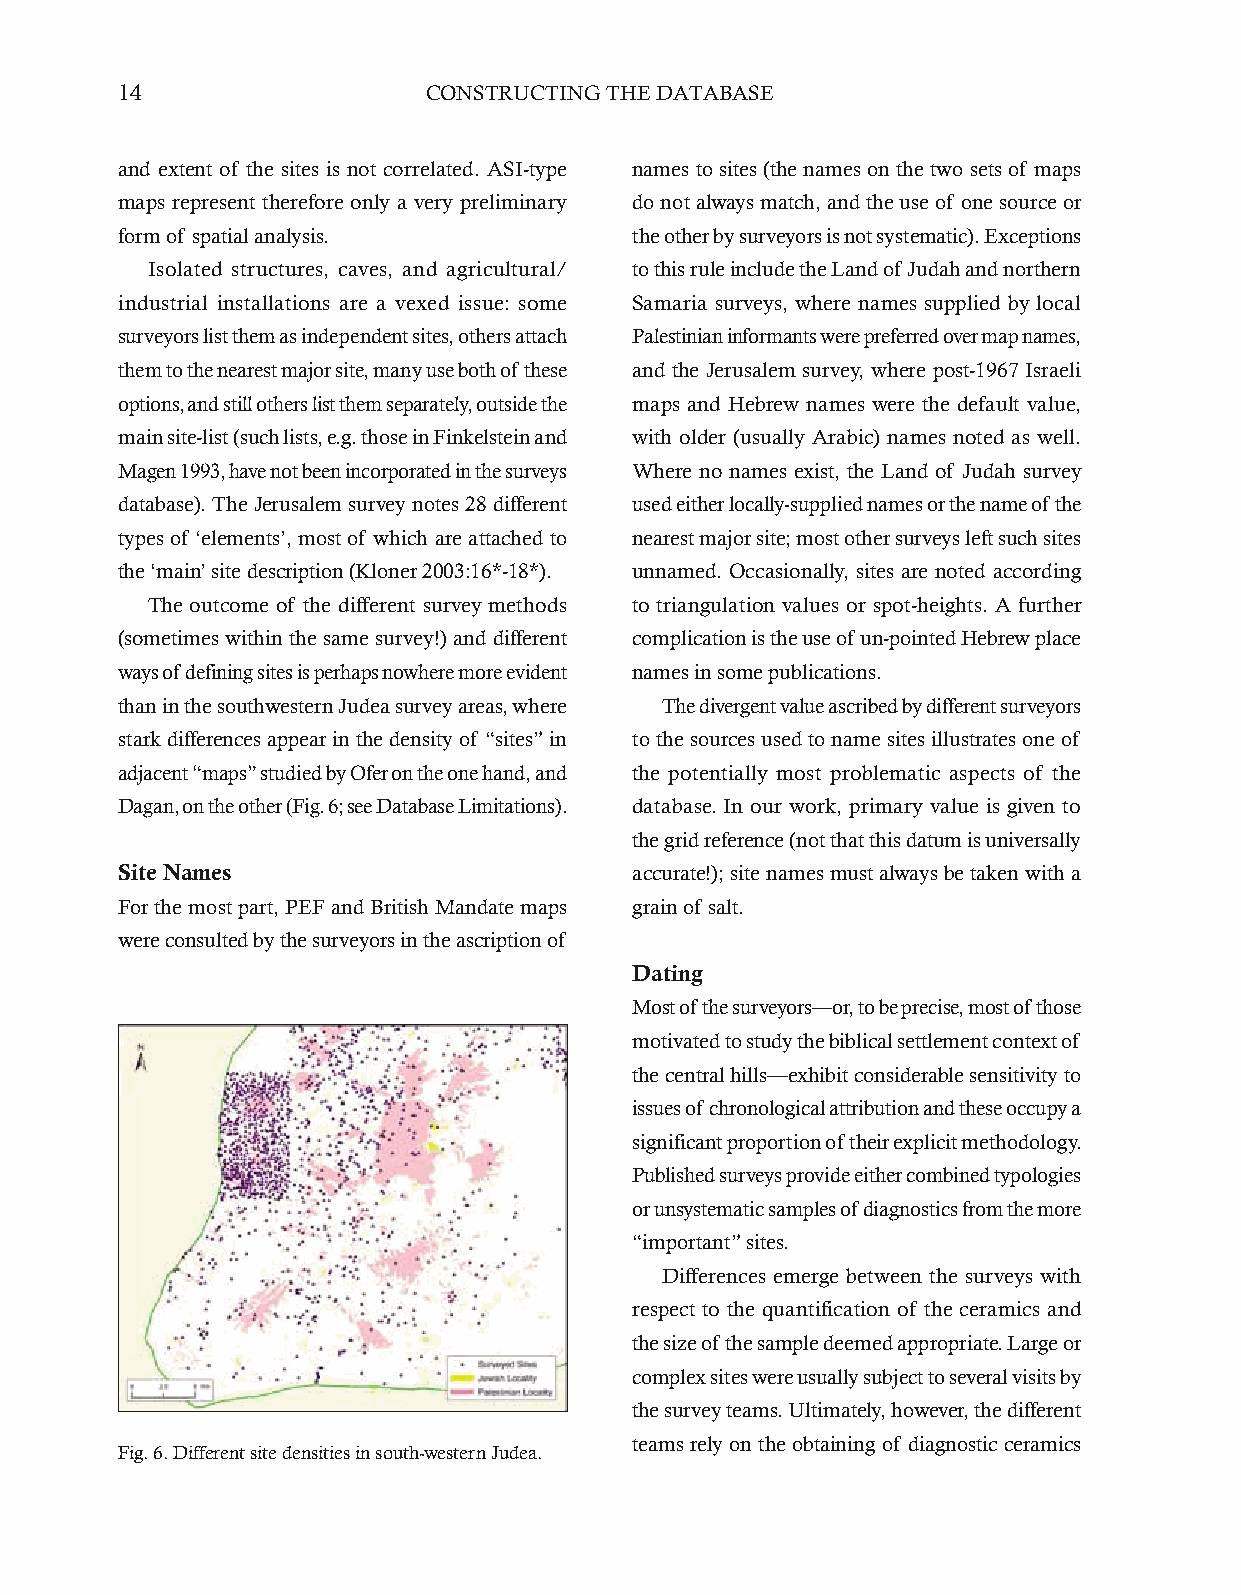
14                  CONSTRUCTING THE DATABASE
 and extent of the sites is not correlated. ASI-type names to sites (the names on the two sets of maps
 maps represent therefore only a very preliminary do not always match, and the use of one source or
 form of spatial analysis.         the other by surveyors is not systematic). Exceptions
 Isolated structures, caves, and agricultural/ to this rule include the Land of Judah and northern
 industrial installations are a vexed issue: some Samaria surveys, where names supplied by local
 surveyors list them as independent sites, others attach Palestinian informants were preferred over map names,
 them to the nearest major site, many use both of these and the Jerusalem survey, where post-1967 Israeli
 options, and still others list them separately, outside the maps and Hebrew names were the default value,
 main site-list (such lists, e.g. those in Finkelstein and with older (usually Arabic) names noted as well.
 Magen 1993, have not been incorporated in the surveys Where no names exist, the Land of Judah survey
 database). The Jerusalem survey notes 28 different used either locally-supplied names or the name of the
 types of ‘elements’, most of which are attached to nearest major site; most other surveys left such sites
 the ‘main’ site description (Kloner 2003:16*-18*). unnamed. Occasionally, sites are noted according
 The outcome of the different survey methods to triangulation values or spot-heights. A further
 (sometimes within the same survey!) and different complication is the use of un-pointed Hebrew place
 ways of defining sites is perhaps nowhere more evident names in some publications.
 than in the southwestern Judea survey areas, where The divergent value ascribed by different surveyors
 stark differences appear in the density of “sites” in to the sources used to name sites illustrates one of
 adjacent “maps” studied by Ofer on the one hand, and the potentially most problematic aspects of the
 Dagan, on the other (Fig. 6; see Database Limitations). database. In our work, primary value is given to
 the grid reference (not that this datum is universally
 Site Names                        accurate!); site names must always be taken with a
 For the most part, PEF and British Mandate maps grain of salt.
 were consulted by the surveyors in the ascription of
 Dating
 Most of the surveyors—or, to be precise, most of those
 motivated to study the biblical settlement context of
 the central hills—exhibit considerable sensitivity to
 issues of chronological attribution and these occupy a
 significant proportion of their explicit methodology.
 Published surveys provide either combined typologies
 or unsystematic samples of diagnostics from the more
 “important” sites.
 Differences emerge between the surveys with
 respect to the quantification of the ceramics and
 the size of the sample deemed appropriate. Large or
 complex sites were usually subject to several visits by
 the survey teams. Ultimately, however, the different
 teams rely on the obtaining of diagnostic ceramics
 Fig. 6. Different site densities in south-western Judea.